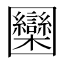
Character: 圞